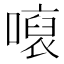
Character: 𱔨